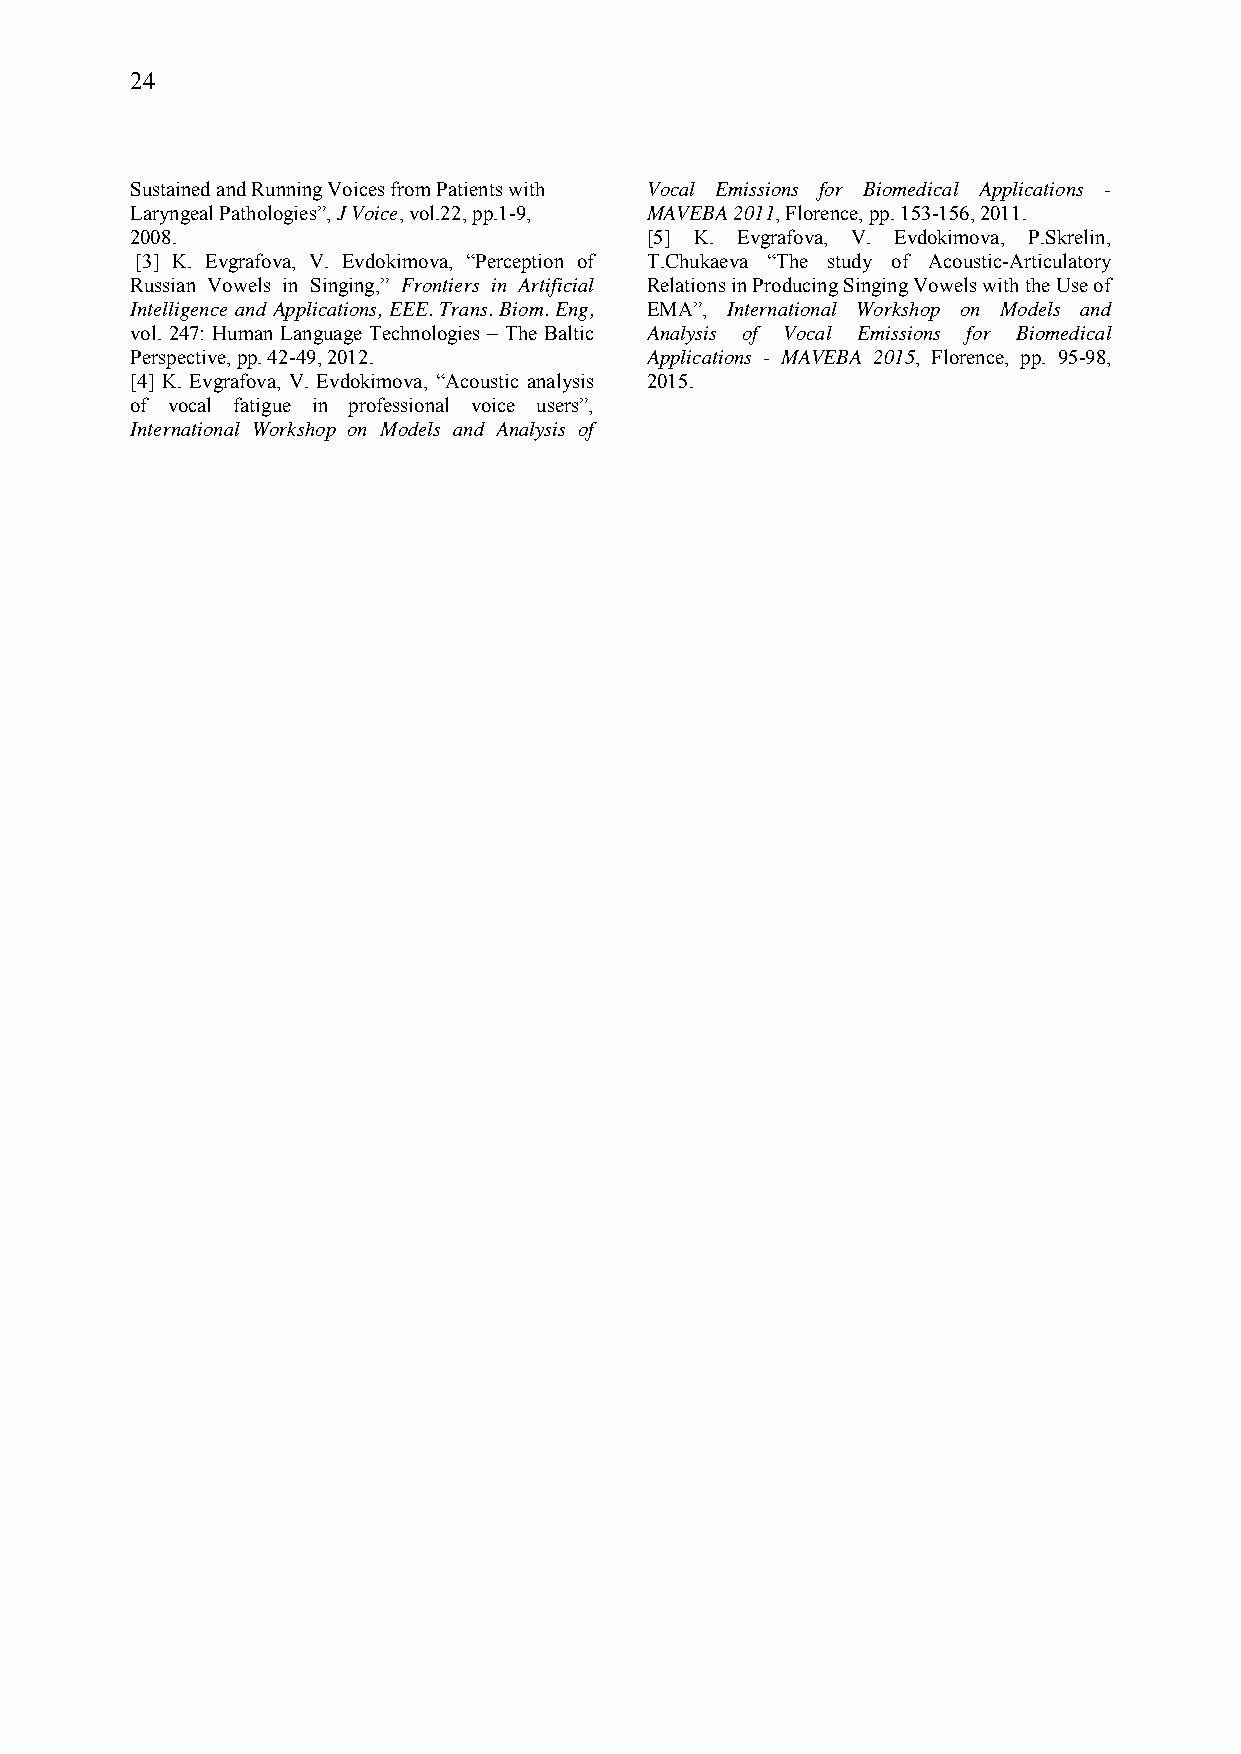
24
 Sustained and Running Voices from Patients with Vocal Emissions for Biomedical Applications -
 Laryngeal Pathologies”, J Voice, vol.22, pp.1-9, MAVEBA 2011, Florence, pp. 153-156, 2011.
 2008.                             [5] K. Evgrafova, V. Evdokimova, P.Skrelin,
 [3] K. Evgrafova, V. Evdokimova, “Perception of T.Chukaeva “The study of Acoustic-Articulatory
 Russian Vowels in Singing,” Frontiers in Artificial Relations in Producing Singing Vowels with the Use of
 Intelligence and Applications, EEE. Trans. Biom. Eng, EMA”, International Workshop on Models and
 vol. 247: Human Language Technologies – The Baltic Analysis of Vocal Emissions for Biomedical
 Perspective, pp. 42-49, 2012.     Applications - MAVEBA 2015, Florence, pp. 95-98,
 [4] K. Evgrafova, V. Evdokimova, “Acoustic analysis 2015.
 of vocal fatigue in professional voice users”,
 International Workshop on Models and Analysis of